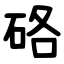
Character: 硌